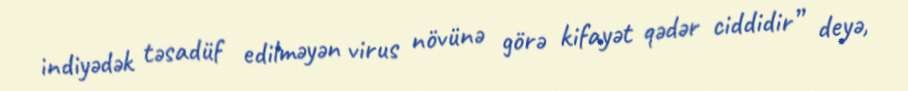
indiyədək təsadüf edilməyən virus növünə görə kifayət qədər ciddidir” deyə,